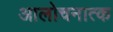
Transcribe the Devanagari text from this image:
आलोचनात्क